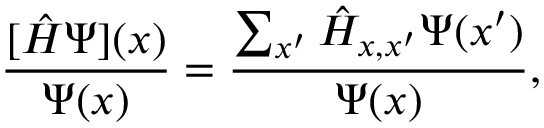
\frac { [ \hat { H } \Psi ] ( x ) } { \Psi ( x ) } = \frac { \sum _ { x ^ { \prime } } { \hat { H } } _ { x , x ^ { \prime } } \Psi ( x ^ { \prime } ) } { \Psi ( x ) } ,